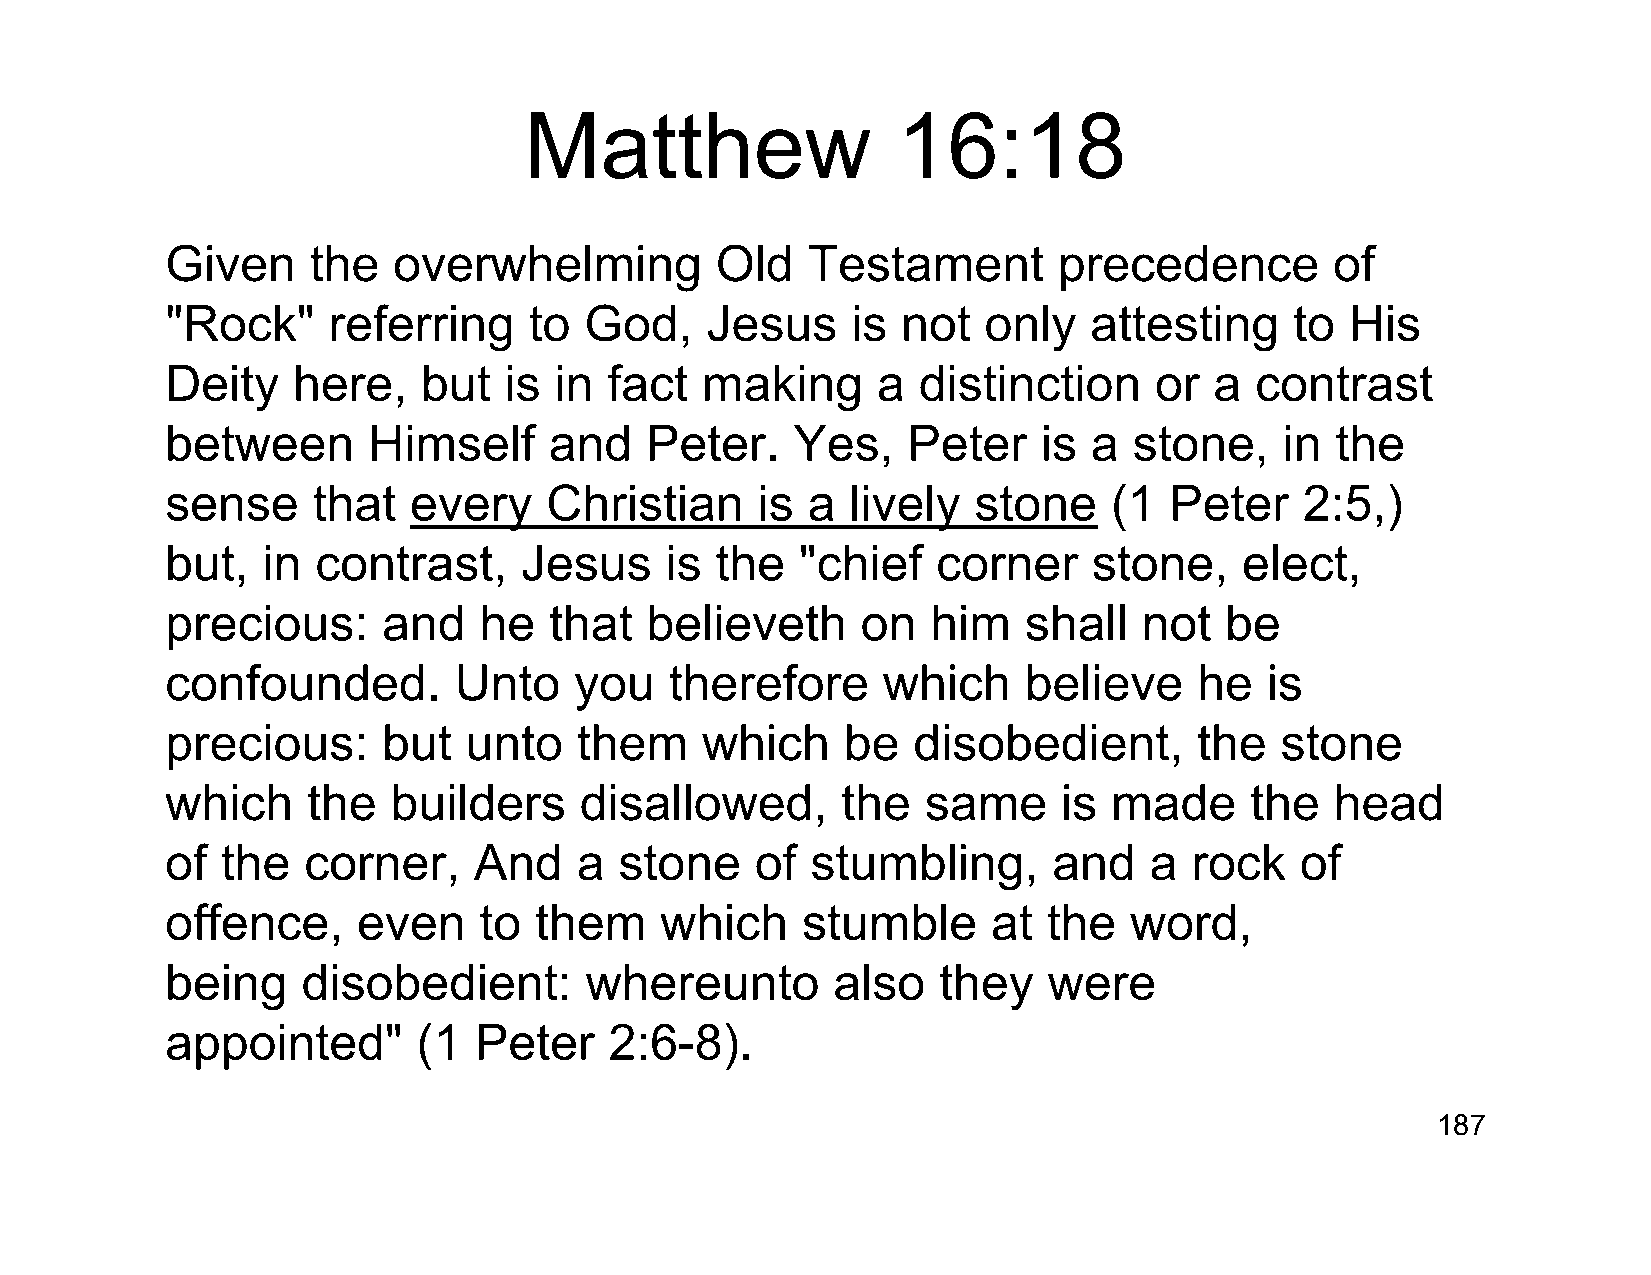
Matthew                 16:18
 Given    the   overwhelming         Old   Testament        precedence        of
 "Rock"     referring    to  God,    Jesus    is  not  only   attesting     to His
 Deity   here,    but  is  in fact  making      a  distinction    or  a  contrast
 between      Himself     and    Peter.    Yes,   Peter    is a  stone,    in the
 sense     that  every    Christian     is a  lively  stone     (1 Peter    2:5,)
 but,  in  contrast,    Jesus     is the   "chief   corner    stone,    elect,
 precious:     and    he  that   believeth     on   him   shall   not  be
 confounded.        Unto    you   therefore     which     believe    he   is
 precious:     but   unto   them    which     be  disobedient,       the   stone
 which    the   builders    disallowed,       the  same     is  made     the  head
 of  the  corner,    And    a  stone    of  stumbling,      and   a  rock   of
 offence,     even    to them     which    stumble      at the   word,
 being    disobedient:       whereunto       also   they   were
 appointed"       (1 Peter    2:6-8).
 187